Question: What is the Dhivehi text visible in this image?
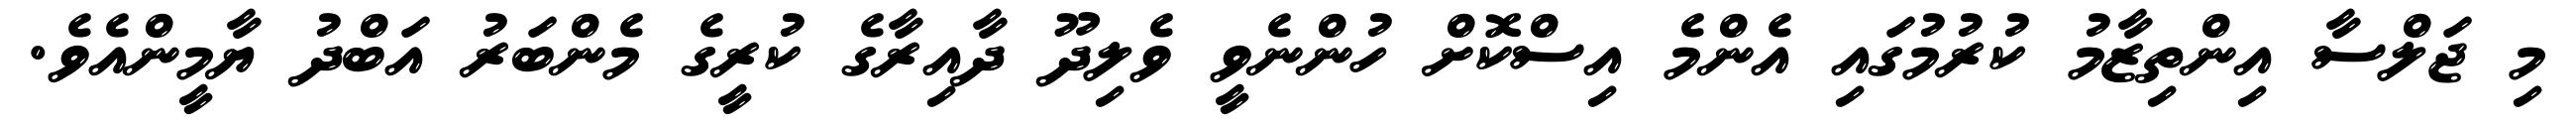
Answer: މި ޖަލްސާ އިންތިޒާމު ކުރުމުގައި އެންމެ އިސްކޮށް ހުންނެވީ ވެލިދޫ ދާއިރާގެ ކުރީގެ މެންބަރު އަބްދު ޔާމީންއެވެ.